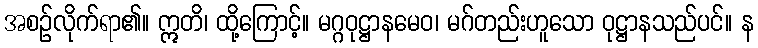
အစဉ်လိုက်ရာ၏။ ဣတိ၊ ထို့ကြောင့်။ မဂ္ဂဝုဋ္ဌာနမေဝ၊ မဂ်တည်းဟူသော ဝုဋ္ဌာနသည်ပင်။ န